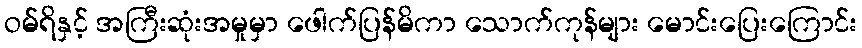
ဝမ်ရိနှင့် အကြီးဆုံးအမှုမှာ ဖေါက်ပြန်မိကာ သောက်ကုန်များ မောင်းပြေးကြောင်း